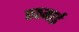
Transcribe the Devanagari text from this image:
छठमाई